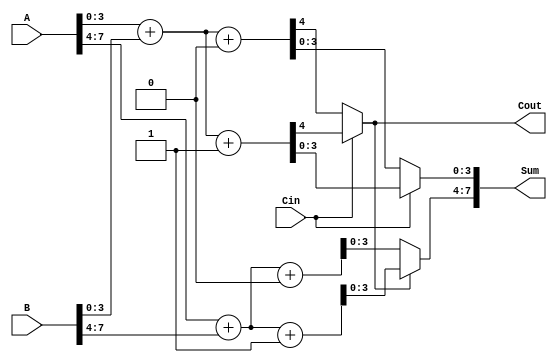
module CCSA_8bit (
    input  [7:0] A,    // First operand
    input  [7:0] B,    // Second operand
    input        Cin,   // Carry-in
    output [7:0] Sum,   // Sum output
    output       Cout    // Carry-out
);

    // Internal wires for partial sums and carries
    wire [3:0] Sum0_0, Sum1_0, Sum0_1, Sum1_1; // Partial sums
    wire       Cout0, Cout1, SelCout;          // Carry outputs

    // First 4-bit segment
    assign {Cout0, Sum0_0} = A[3:0] + B[3:0] + 1'b0; // C_in = 0
    assign {Cout1, Sum1_0} = A[3:0] + B[3:0] + 1'b1; // C_in = 1

    // Second 4-bit segment
    assign {Cout0, Sum0_1} = A[7:4] + B[7:4] + 1'b0; // C_in = 0
    assign {Cout1, Sum1_1} = A[7:4] + B[7:4] + 1'b1; // C_in = 1

    // Select the appropriate sum and carry based on the carry-out from the first segment
    assign SelCout = Cin ? Cout1 : Cout0; // Select carry-out based on Cin

    assign Sum[3:0] = Cin ? Sum1_0 : Sum0_0; // Select sum for the first segment
    assign Sum[7:4] = SelCout ? Sum1_1 : Sum0_1; // Select sum for the second segment

    // Final carry-out
    assign Cout = SelCout;

endmodule